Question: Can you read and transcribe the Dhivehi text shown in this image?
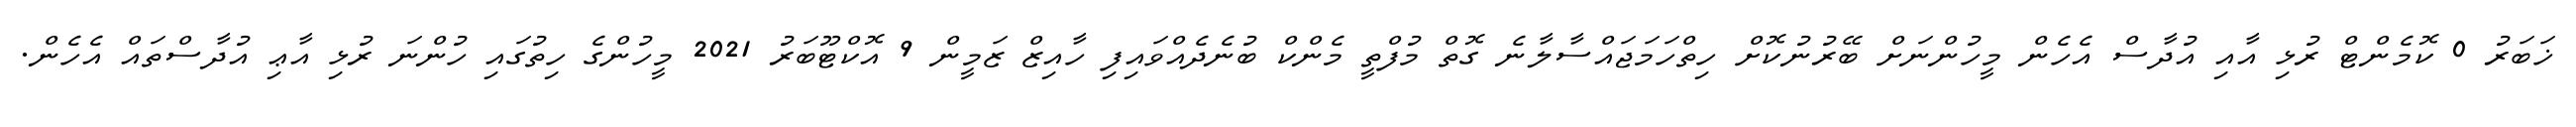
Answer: ޚަބަރު 0 ކޮމެންޓް ރުޅި އާއި އުދާސް އެހެން މީހުންނަށް ބޭރުނުކޮށް ހިތްހަމަޖައްސާލާނެ ގޮތް މުފްތީ މެންކް ބުނެދެއްވައިފި ހާއިޒް ޒަމީން 9 އޮކްޓޫބަރު 2021 މީހުންގެ ހިތުގައި ހުންނަ ރުޅި އާޢި އުދާސްތައް އެހެން.